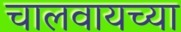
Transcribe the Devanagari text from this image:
चालवायच्या